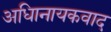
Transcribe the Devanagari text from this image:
अधिानायकवाद